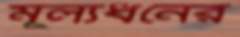
মূল্যধনের